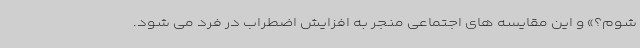
شوم؟» و این مقایسه های اجتماعی منجر به افزایش اضطراب در فرد می شود.